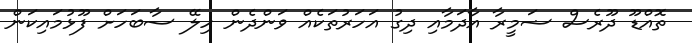
ތޮއްޑޫ ދޫރެސް ޟަމީރާ އާދަމާއި ދިގު އަހަރުތަކެއް ވަންދެން ހިލޭ ސާބަހަށް ފޫޅުމައިކަން